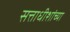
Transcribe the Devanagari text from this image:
सत्ताधीशांच्या